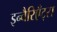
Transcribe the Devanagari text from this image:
इन्वैरिएँट्स